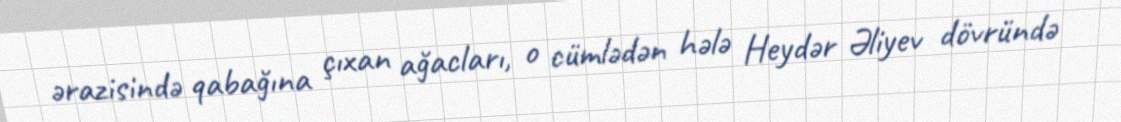
ərazisində qabağına çıxan ağacları, o cümlədən hələ Heydər Əliyev dövründə